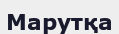
Марутқа